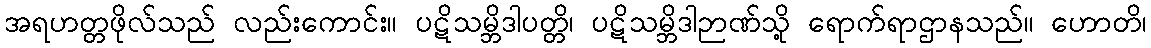
အရဟတ္တဖိုလ်သည် လည်းကောင်း။ ပဋိသမ္ဘိဒါပတ္တိ၊ ပဋိသမ္ဘိဒါဉာဏ်သို့ ရောက်ရာဌာနသည်။ ဟောတိ၊